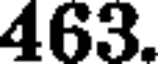
463.